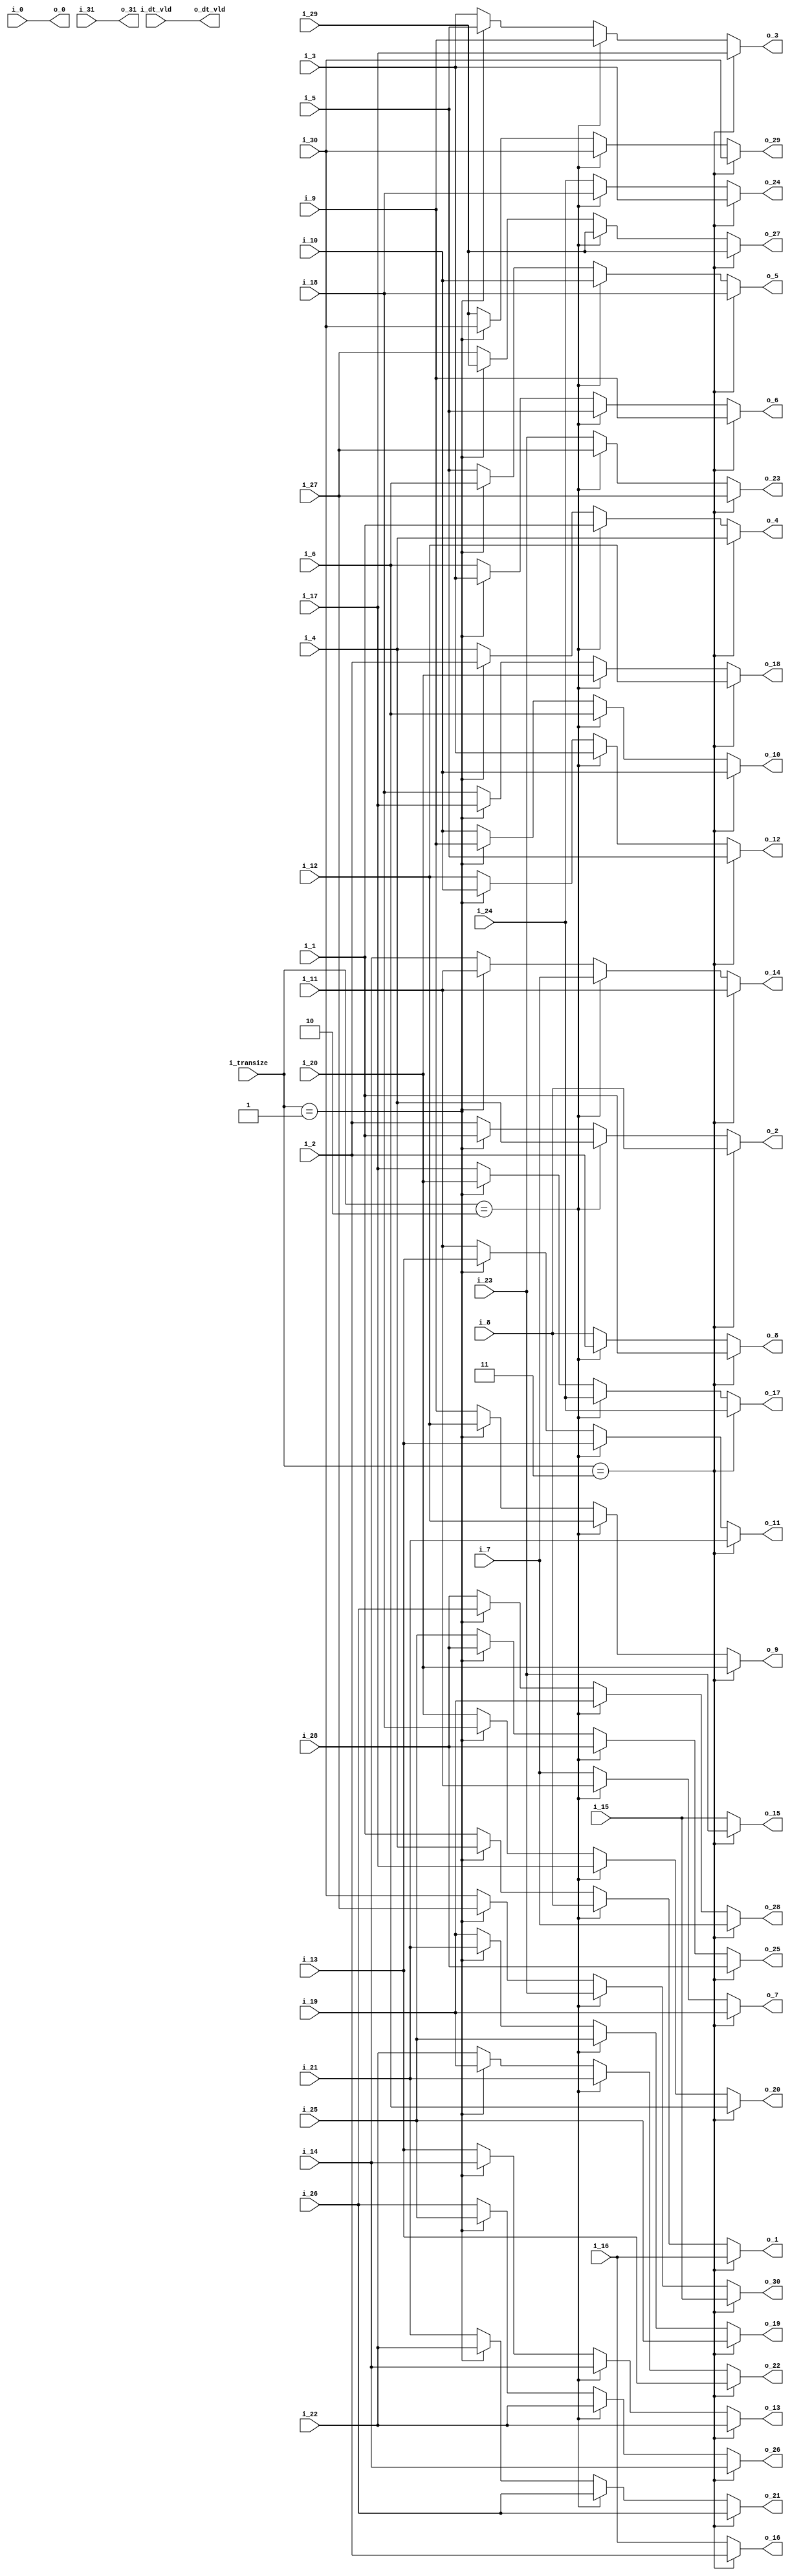
//company       : xm tech
//project name  : H265i
//top module    : dct_top_2d.v
//data          : 2018.01.22
//delay         : 2 clk 
//describe      :
//modification  :
//v1.0          :
module pe(
	i_transize  ,
	i_dt_vld    ,
	i_0         ,	
	i_1         ,	
	i_2         ,	
	i_3         ,	
	i_4         ,	
	i_5         ,	
	i_6         ,	
	i_7         ,	
	i_8         ,	
	i_9         ,	
	i_10        ,	
	i_11        ,	
	i_12        ,	
	i_13        ,	
	i_14        ,	
	i_15        ,	
	i_16        ,	
	i_17        ,	
	i_18        ,	
	i_19        ,	
	i_20        ,	
	i_21        ,	
	i_22        ,	
	i_23        ,	
	i_24        ,	
	i_25        ,	
	i_26        ,	
	i_27        ,	
	i_28        ,	
	i_29        ,	
	i_30        ,	
	i_31        ,
//------------------------
	o_dt_vld    ,
	o_0         ,	
	o_1         ,	
	o_2         ,	
	o_3         ,	
	o_4         ,	
	o_5         ,	
	o_6         ,	
	o_7         ,	
	o_8         ,	
	o_9         ,	
	o_10        ,	
	o_11        ,	
	o_12        ,	
	o_13        ,	
	o_14        ,	
	o_15        ,	
	o_16        ,	
	o_17        ,	
	o_18        ,	
	o_19        ,	
	o_20        ,	
	o_21        ,	
	o_22        ,	
	o_23        ,	
	o_24        ,	
	o_25        ,	
	o_26        ,	
	o_27        ,
	o_28        ,	
	o_29        ,	
	o_30        ,	
	o_31        	
);
input           i_dt_vld    ;
input [1:0]  	i_transize  ;
input [27:0]	i_0         ;	
input [27:0]	i_1         ;	
input [27:0]	i_2         ;	
input [27:0]	i_3         ;	
input [27:0]	i_4         ;	
input [27:0]	i_5         ;	
input [27:0]	i_6         ;	
input [27:0]	i_7         ;	
input [27:0]	i_8         ;	
input [27:0]	i_9         ;	
input [27:0]	i_10        ;	
input [27:0]	i_11        ;	
input [27:0]	i_12        ;	
input [27:0]	i_13        ;	
input [27:0]	i_14        ;	
input [27:0]	i_15        ;	
input [27:0]	i_16        ;	
input [27:0]	i_17        ;	
input [27:0]	i_18        ;	
input [27:0]	i_19        ;	
input [27:0]	i_20        ;	
input [27:0]	i_21        ;	
input [27:0]	i_22        ;	
input [27:0]	i_23        ;	
input [27:0]	i_24        ;	
input [27:0]	i_25        ;	
input [27:0]	i_26        ;	
input [27:0]	i_27        ;	
input [27:0]	i_28        ;	
input [27:0]	i_29        ;	
input [27:0]	i_30        ;	
input [27:0]	i_31        ;
	
//--------
output          o_dt_vld    ;
output [27:0]	o_0         ;	
output [27:0]	o_1         ;	
output [27:0]	o_2         ;	
output [27:0]	o_3         ;	
output [27:0]	o_4         ;	
output [27:0]	o_5         ;	
output [27:0]	o_6         ;	
output [27:0]	o_7         ;	
output [27:0]	o_8         ;	
output [27:0]	o_9         ;	
output [27:0]	o_10        ;	
output [27:0]	o_11        ;	
output [27:0]	o_12        ;	
output [27:0]	o_13        ;	
output [27:0]	o_14        ;	
output [27:0]	o_15        ;	
output [27:0]	o_16        ;	
output [27:0]	o_17        ;	
output [27:0]	o_18        ;	
output [27:0]	o_19        ;	
output [27:0]	o_20        ;	
output [27:0]	o_21        ;	
output [27:0]	o_22        ;	
output [27:0]	o_23        ;	
output [27:0]	o_24        ;	
output [27:0]	o_25        ;	
output [27:0]	o_26        ;	
output [27:0]	o_27        ;
output [27:0]	o_28        ;	
output [27:0]	o_29        ;	
output [27:0]	o_30        ;	
output [27:0]	o_31        ;	
//------------------------wire_reg -----------------//
wire            o_dt_vld    ;
reg    [27:0]	o_0         ;	
reg    [27:0]	o_1         ;	
reg    [27:0]	o_2         ;	
reg    [27:0]	o_3         ;	
reg    [27:0]	o_4         ;	
reg    [27:0]	o_5         ;	
reg    [27:0]	o_6         ;	
reg    [27:0]	o_7         ;	
reg    [27:0]	o_8         ;	
reg    [27:0]	o_9         ;	
reg    [27:0]	o_10        ;	
reg    [27:0]	o_11        ;	
reg    [27:0]	o_12        ;	
reg    [27:0]	o_13        ;	
reg    [27:0]	o_14        ;	
reg    [27:0]	o_15        ;	
reg    [27:0]	o_16        ;	
reg    [27:0]	o_17        ;	
reg    [27:0]	o_18        ;	
reg    [27:0]	o_19        ;	
reg    [27:0]	o_20        ;	
reg    [27:0]	o_21        ;	
reg    [27:0]	o_22        ;	
reg    [27:0]	o_23        ;	
reg    [27:0]	o_24        ;	
reg    [27:0]	o_25        ;	
reg    [27:0]	o_26        ;	
reg    [27:0]	o_27        ;
reg    [27:0]	o_28        ;	
reg    [27:0]	o_29        ;	
reg    [27:0]	o_30        ;	
reg    [27:0]	o_31        ;
	
//--------------------------------------//
assign o_dt_vld = i_dt_vld ;

always @(*)
begin
	if(i_transize == 2'd3)
	begin
		o_0 =  i_0 ;	
                o_1 =  i_16;
                o_2 =  i_8 ;
                o_3 =  i_17;
                o_4 =  i_4 ;
                o_5 =  i_18;
                o_6 =  i_9 ;
                o_7 =  i_19;
                o_8 =  i_1 ;
                o_9 =  i_20;
                o_10=  i_10;
                o_11=  i_21;
                o_12=  i_5 ;
                o_13=  i_22;
                o_14=  i_11;
                o_15=  i_23; 
                o_16=  i_2 ;
                o_17=  i_24;
                o_18=  i_12;
                o_19=  i_25;
                o_20=  i_6 ;
                o_21=  i_26;
                o_22=  i_13;
                o_23=  i_27;
                o_24=  i_3 ;
                o_25=  i_28;
                o_26=  i_14;
                o_27=  i_29;
                o_28=  i_7 ;
                o_29=  i_30;
                o_30=  i_15;
                o_31=  i_31;
	end 
	else if(i_transize == 2'd2)
	begin
		o_0 =  i_0 ;	
                o_1 =  i_8 ;
                o_2 =  i_4 ;
                o_3 =  i_9 ;
                o_4 =  i_1 ;
                o_5 =  i_10;
                o_6 =  i_5 ;
                o_7 =  i_11;
                o_8 =  i_2 ;
                o_9 =  i_12;
                o_10=  i_6 ;
                o_11=  i_13;
                o_12=  i_3 ;
                o_13=  i_14;
                o_14=  i_7 ;
                o_15=  i_15;
                o_16=  i_16;
                o_17=  i_24;
                o_18=  i_20;
                o_19=  i_25;
                o_20=  i_17;
                o_21=  i_26;
                o_22=  i_21;
                o_23=  i_27;
                o_24=  i_18;
                o_25=  i_28;
                o_26=  i_22;
                o_27=  i_29;
                o_28=  i_19;
                o_29=  i_30;
                o_30=  i_23;
                o_31=  i_31;
	end
	else if(i_transize == 2'd1)
	begin
		o_0 = i_0 ; 	
                o_1 = i_4 ; 
                o_2 = i_1 ; 
                o_3 = i_5 ; 
                o_4 = i_2 ; 
                o_5 = i_6 ; 
                o_6 = i_3 ; 
                o_7 = i_7 ; 
                o_8 = i_8 ; 
                o_9 = i_12; 
                o_10= i_9 ; 
                o_11= i_13; 
                o_12= i_10; 
                o_13= i_14; 
                o_14= i_11; 
                o_15= i_15; 
                o_16= i_16; 
                o_17= i_20; 
                o_18= i_17; 
                o_19= i_21; 
                o_20= i_18; 
                o_21= i_22; 
                o_22= i_19; 
                o_23= i_23; 
                o_24= i_24; 
                o_25= i_28; 
                o_26= i_25; 
                o_27= i_29; 
                o_28= i_26; 
                o_29= i_30; 
                o_30= i_27; 
                o_31= i_31; 
	end 
	else 
	begin	
		o_0 =  i_0;	
                o_1 =  i_1;
                o_2 =  i_2;
                o_3 =  i_3;
                o_4 =  i_4;
                o_5 =  i_5;
                o_6 =  i_6;
                o_7 =  i_7;
                o_8 =  i_8;
                o_9 =  i_9;
                o_10=  i_10;
                o_11=  i_11;
                o_12=  i_12;
                o_13=  i_13;
                o_14=  i_14;
                o_15=  i_15;
                o_16=  i_16;
                o_17=  i_17;
                o_18=  i_18;
                o_19=  i_19;
                o_20=  i_20;
                o_21=  i_21;
                o_22=  i_22;
                o_23=  i_23;
                o_24=  i_24;
                o_25=  i_25;
                o_26=  i_26;
                o_27=  i_27;
                o_28=  i_28;
                o_29=  i_29;
                o_30=  i_30;
                o_31=  i_31;
	end 
end 



endmodule